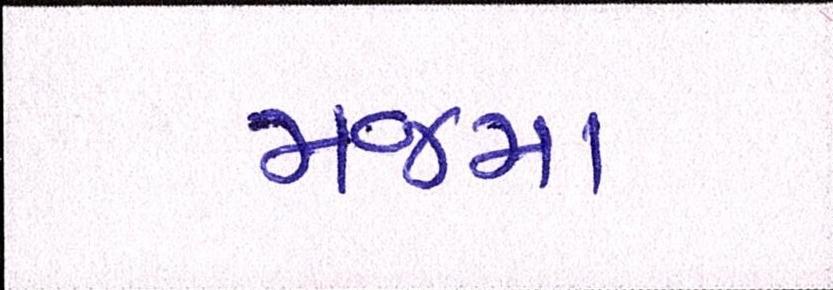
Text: મજમા